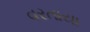
વરતાયા